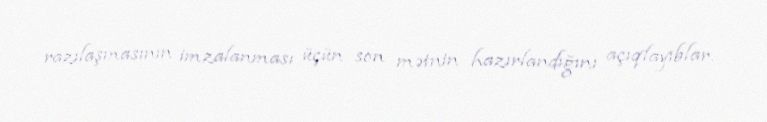
razılaşmasının imzalanması üçün son mətnin hazırlandığını açıqlayıblar.